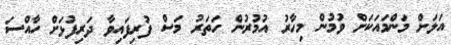
އަލަށް މަންމައަކަށް ވުމުން މިހާރު އުމުރުން ހަތަރު މަސް ފުރިފައިވާ ދަރިފުޅަށް ހާއްސަ